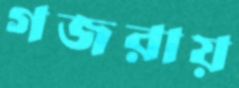
গজরায়